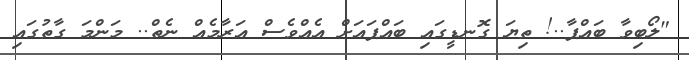
"ލޯބިވާ ބައްޕާ..! ތިޔަ ގޮނޑީގައި ބައްޕައަށް އެއްވެސް އަރާމެއް ނެތް.. މަންމަ ގާތުގައި